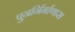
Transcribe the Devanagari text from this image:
पुनर्निर्माणास